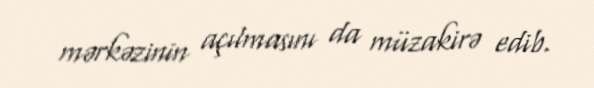
mərkəzinin açılmasını da müzakirə edib.